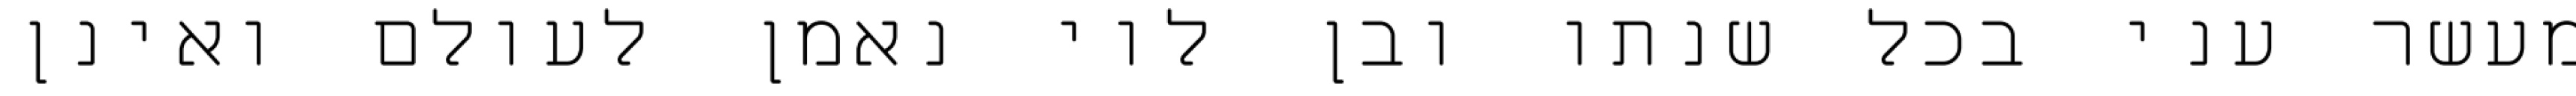
מעשר עני בכל שנתו ובן לוי נאמן לעולם ואינן